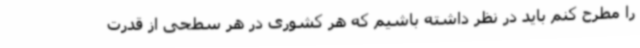
را مطرح کنم باید در نظر داشته باشیم که هر کشوری در هر سطحی از قدرت